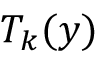
T _ { k } ( y )